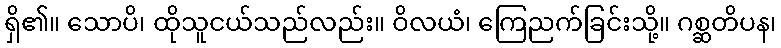
ရှိ၏။ သောပိ၊ ထိုသူငယ်သည်လည်း။ ဝိလယံ၊ ကြေညက်ခြင်းသို့။ ဂစ္ဆတိပန၊